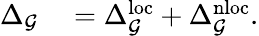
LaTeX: \begin{array}{rl}{\Delta_{\mathcal{G}}}&{{}=\Delta_{\mathcal{G}}^{\mathrm{loc}}+\Delta_{\mathcal{G}}^{\mathrm{nloc}}.}\end{array}